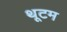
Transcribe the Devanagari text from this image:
थूटम